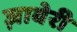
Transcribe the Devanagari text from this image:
ज़ावेरी